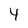
Character: 4